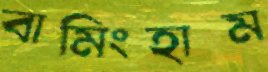
বামিংহাম